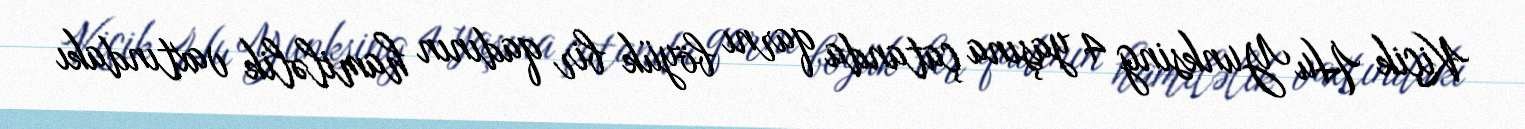
Kiçik Hu Yunksing 4 yaşına çatanda qarnı böyük bir qadının hamiləlik vaxtındakı